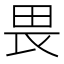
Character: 畏